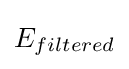
E_{filtered}